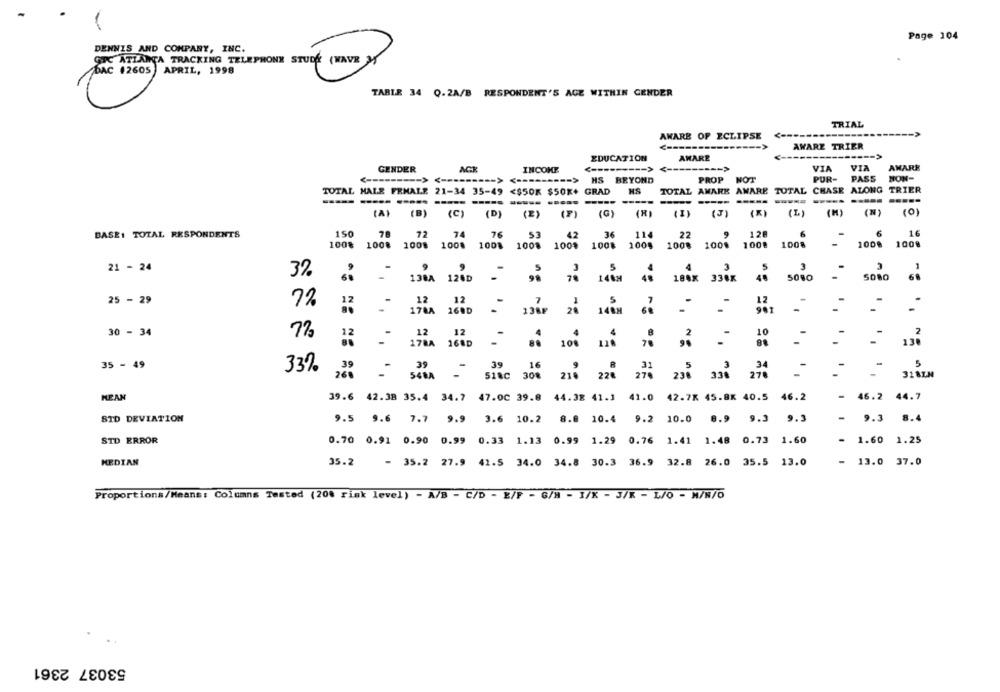
Page 104
DENNIS AND COMPANY, INC.
GTC ATLANTA TRACKING TELEPHONE STUDE (WAVE 3
DAC 12605 APRIL, 1998
TABLE 34 Q.2A/B RESPONDENT'S AGE WITHIN GENDER
TRIAL
AWARE OF ECLIPSE
<------
AWARE TRIER
EDUCATION
AMARE
VIA
AMARE
GENDER
ACK
INCOME
------ >
VIA
HS BEYOND
PROP
NOT
PUR-
PASS
NON-
TOTAL HALE FEMALE
21-34 35-49 <$50R $50X+ GRAD
HS
TOTAL AMARK AMARE
TOTAL CHASE ALONG
TRIER
--
-----
(A)
(B)
(C)
(D) (E)
(F)
(G)
(1)
(3)
(X)
(L)
(H)
(0)
BASE: TOTAL RESPONDENTS
150
78
72
74
76
53
42
36
114
22
9
128
6
6
16
100%
100%
1008
100%
1001
1008
100%
100%
1008
100%
100%
100% 1008
100
100
21 - 24
4
3
3
3
1
3%.
-
184K
338K
5080
SORO
138A 120D
148H
25 - 29
72
12
12
12
178A 168D
20
148H
901
-
12
30 - 34
7%
12
12
10
178A 168D
108
NE
35 - 49
39
39
39
16
31
3
34
-
1
33%
268
54RA -
51&C
308
270
210
276
236 330
31 BEM
MEAN
39.6
42.38 35.4 34.7 47.00 39.8
44.38 41.1
41.0
42.7K 45.8x 40.5
46.2
- 46.2 44.7
STD DEVIATION
9.5 9.6 7.7 9.9 3.6 10.2 8.8 10.4 9.2 10.0 8.9 9.3 9.3
- 9.3 8.4
STD ERROR
0.70 0.91 0.90 0.99 0.33 1.13 0.99 1.29 0.76 1.41 1.48 0.73 1.60
- 1.60 1.25
MEDIAN
35.2
- 35.2 27.9 41.5 34.0 34.8 30.3 36.9 32.8 26.0 35.5 13.0
- 13.0 37.0
Proportions/Means: Columns Tested (20% risk level) - A/B - C/D - E/F - G/H - I/X - J/K - L/O - N/N/O
53037 2361